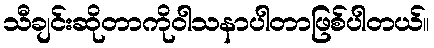
သီချင်းဆိုတာကိုဝါသနာပါတာဖြစ်ပါတယ်။